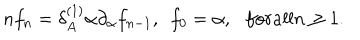
n f _ { n } = \delta _ { A } ^ { ( 1 ) } \alpha \partial _ { \alpha } f _ { n - 1 } , \ \ f _ { 0 } = \alpha , \ \ \, f o r a l l n \geq 1 .